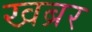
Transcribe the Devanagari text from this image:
खब्रर